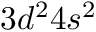
3 d ^ { 2 } 4 s ^ { 2 }